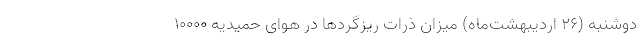
دوشنبه (۲۶ اردیبهشت‌ماه) میزان ذرات ریزگردها در هوای حمیدیه ۱۰۰۰۰